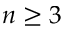
n \geq 3